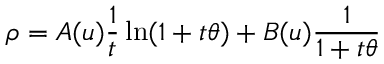
\rho = A ( u ) \frac { 1 } { t } \ln ( 1 + t \theta ) + B ( u ) \frac { 1 } { 1 + t \theta }